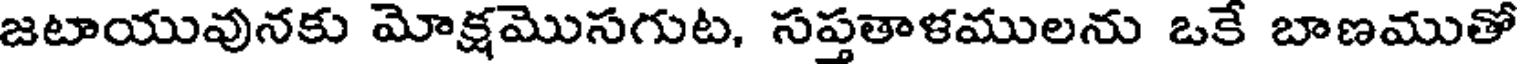
జటాయువునకు మోక్షమొసగుట, సప్తతాళములను ఒకే బాణముతో